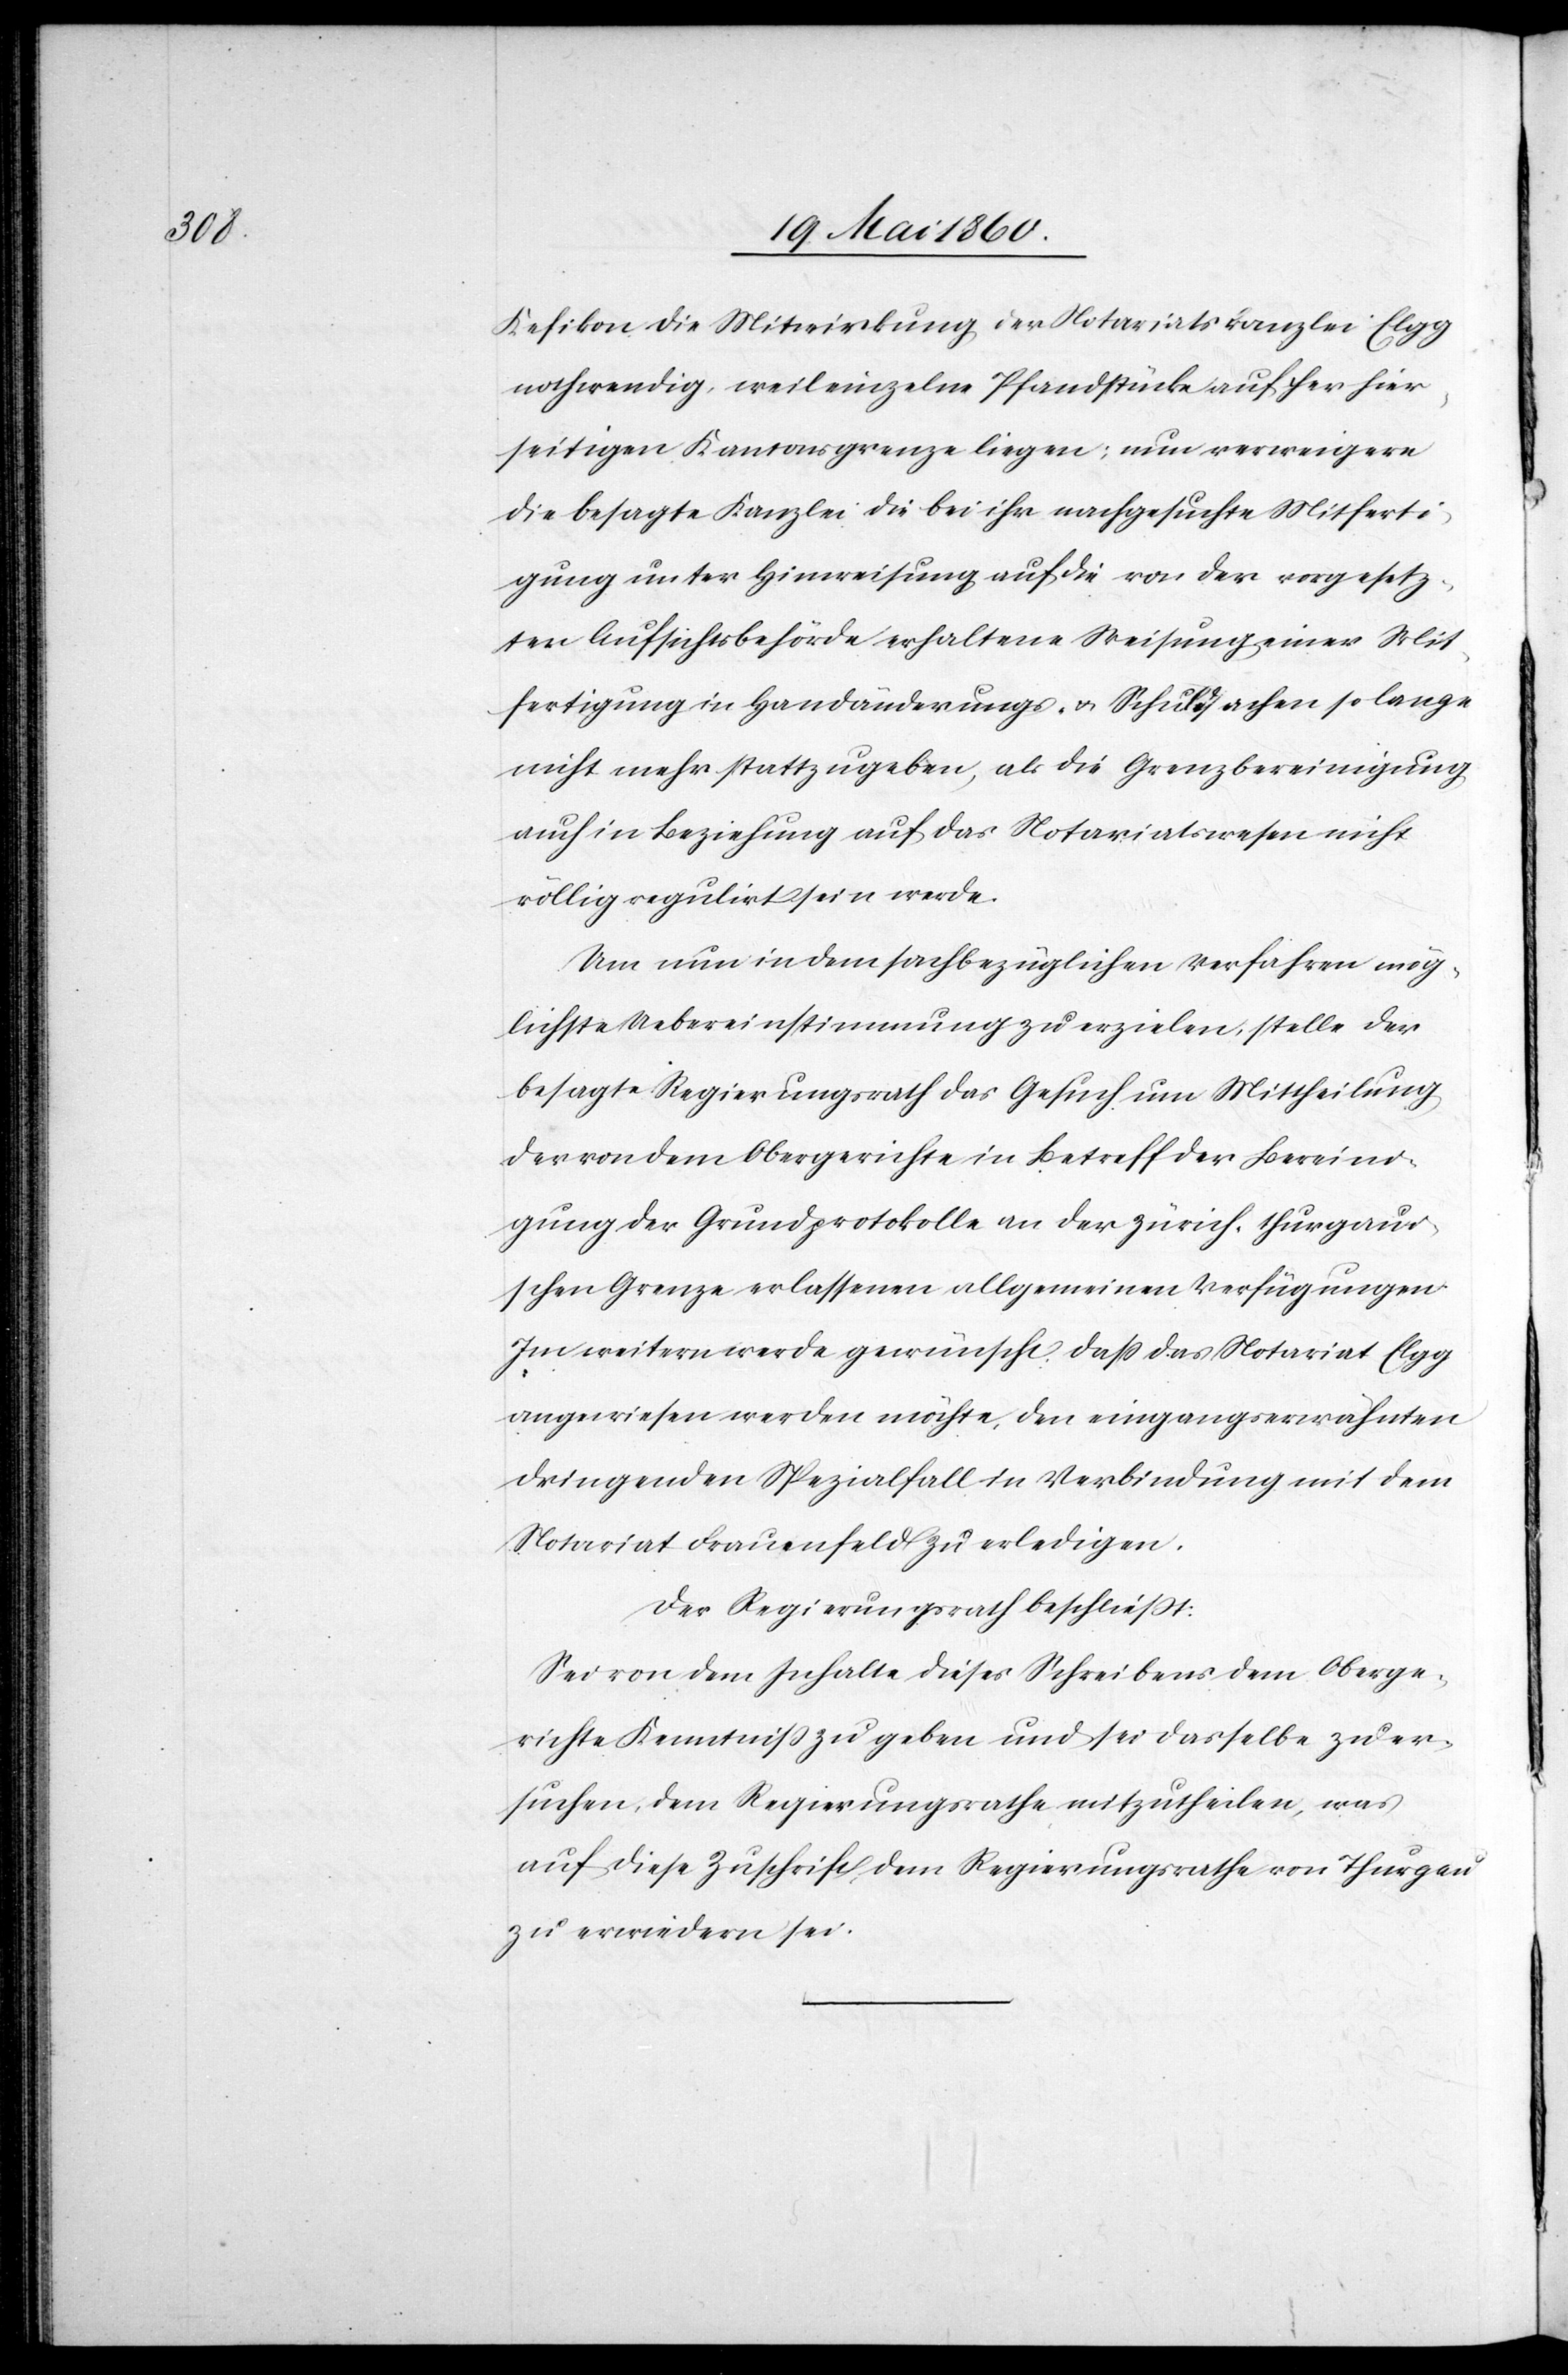
hier¬

Kefikon die Mitwirkung der Notariatskanzlei Elgg
nothwendig, weil einzelne Pfandstücke auf her [sic!]
seitigen Kantonsgrenze liegen; nun verweigere
die besagte Kanzlei die bei ihr nachgesuchte Mitferti¬
gung unter Hinweisung auf die von der vorgesetz¬
ten Aufsichtsbehörde erhaltene Weisung einer Mit¬
fertigung in Handänderungs- u. Schuldsachen so lange
nicht mehr stattzugeben, als die Grenzbereinigung
auch in Beziehung auf das Notariatswesen nicht
völlig regulirt sein werde.
Um nun in den sachbezüglichen Verfahren mög¬
lichste Uebereinstimmung zu erzielen, stelle der
besagte Regierungsrath das Gesuch um Mittheilung
der von dem Obergerichte in Betreff der Bereini¬
gung der Grundprotokolle an der zürich-thurgaui¬
schen Grenze erlassenen allgemeinen Verfügungen.
Im weitern werde gewünscht, dass das Notariat Elgg
angewiesen werden möchte, den eingangserwähnten
dringenden Spezialfall in Verbindung mit dem
Notariat Frauenfeld zu erledigen.
Der Regierungsrath beschliesst:
Sei von dem Inhalte dieses Schreibens dem Oberge¬
richte Kenntniss zu geben und sei dasselbe zu er¬
suchen, dem Regierungsrathe mitzutheilen, was
auf diese Zuschrift dem Regierungsrathe von Thurgau
zu erwiedern sei.